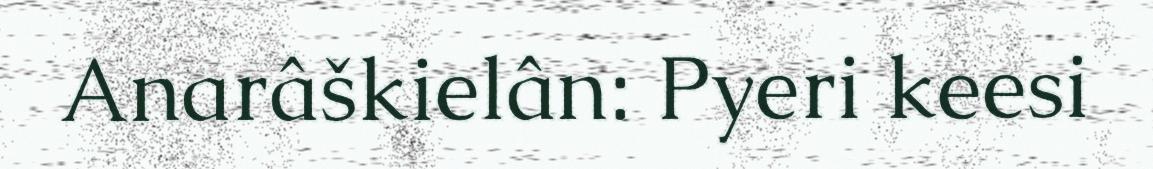
Anarâškielân: Pyeri keesi